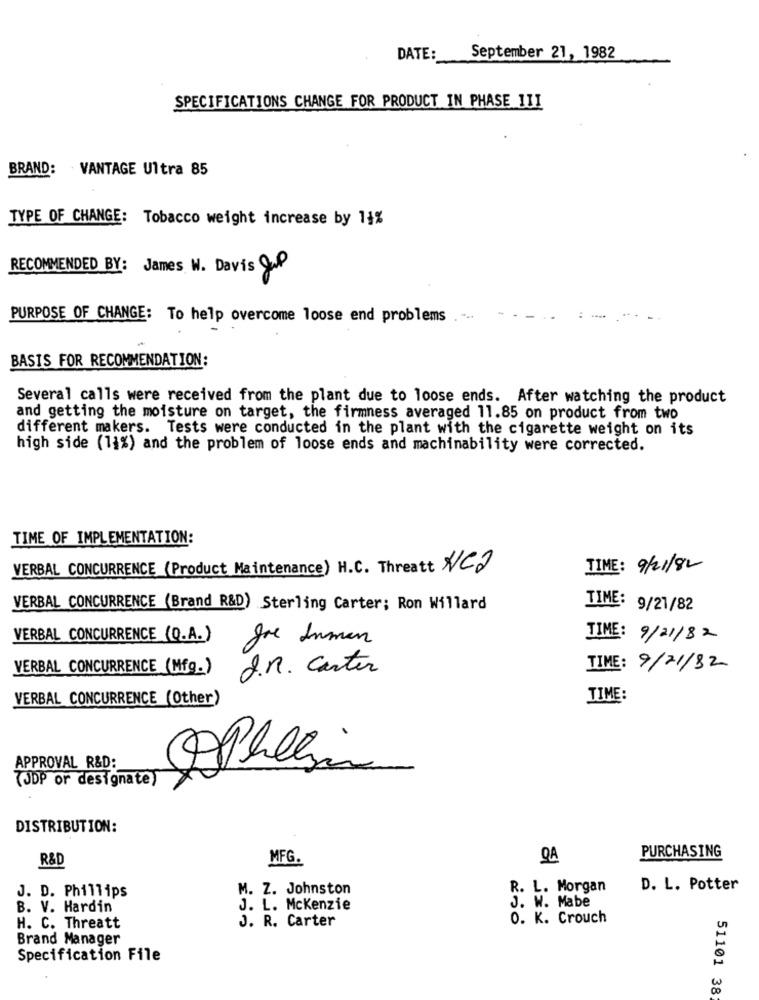
DATE:
September 21, 1982
SPECIFICATIONS CHANGE FOR PRODUCT IN PHASE III
BRAND: VANTAGE Ultra 85
TYPE OF CHANGE: Tobacco weight increase by 14%
RECOMMENDED BY: James W. Davis Cup
PURPOSE OF CHANGE: To help overcome loose end problems
BASIS FOR RECOMMENDATION:
Several calls were received from the plant due to loose ends. After watching the product
and getting the moisture on target, the firmness averaged 11.85 on product from two
different makers. Tests were conducted in the plant with the cigarette weight on its
high side (11%) and the problem of loose ends and machinability were corrected.
TIME OF IMPLEMENTATION:
VERBAL CONCURRENCE (Product Maintenance) H.C. Threatt NC2
TIME: 9/21/82
VERBAL CONCURRENCE (Brand R&D) Sterling Carter; Ron Willard
TIME: 9/21/82
VERBAL CONCURRENCE (Q.A.)
gre Inman
TIME: 9/21/82
VERBAL CONCURRENCE (Mfg.)
J.R. Carter
TIME: 9/21/82
VERBAL CONCURRENCE (Other)
TIME:
APPROVAL R&D:
(JDP or designate)
DISTRIBUTION:
MFG.
DA
PURCHASING
R&D
J. D. Phillips
M. Z. Johnston
R. L. Morgan
D. L. Potter
B. V. Hardin
J. L. Mckenzie
J. W. Mabe
J. R. Carter
O. K. Crouch
H. C. Threatt
Brand Manager
Specification File
51101 38